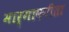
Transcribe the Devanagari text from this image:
मार्गाकरीता